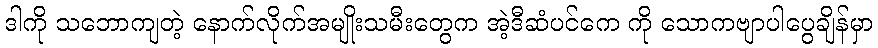
ဒါကို သဘောကျတဲ့ နောက်လိုက်အမျိုးသမီးတွေက အဲ့ဒီဆံပင်ကေ ကို သောကဗျာပါပွေချိန်မှာ